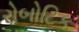
રોબોટિક